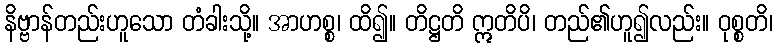
နိဗ္ဗာန်တည်းဟူသော တံခါးသို့။ အာဟစ္စ၊ ထိ၍။ တိဋ္ဌတိ ဣတိပိ၊ တည်၏ဟူ၍လည်း။ ဝုစ္စတိ၊